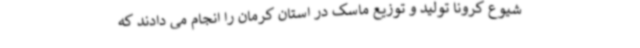
شیوع کرونا تولید و توزیع ماسک در استان کرمان را انجام می دادند که